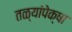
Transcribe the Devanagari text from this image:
तळ्यांपेक्षा